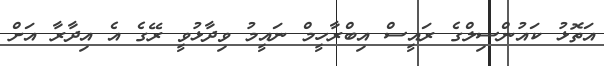
އަތޮޅު ކައުންސިލްގެ ރައީސް އިބްރާހީމް ނައީމު ވިދާޅުވީ ރޭގެ އެ އިދާރާ އަށް